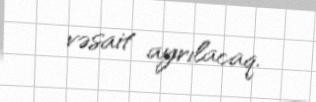
vəsait ayrılacaq.